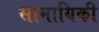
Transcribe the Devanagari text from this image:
सामायिकी